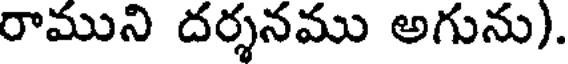
రాముని దర్శనము అగును).